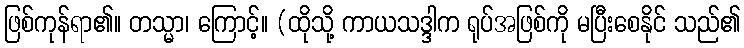
ဖြစ်ကုန်ရာ၏။ တသ္မာ၊ ကြောင့်။ (ထိုသို့ ကာယသဒ္ဒါက ရုပ်အဖြစ်ကို မပြီးစေနိုင် သည်၏